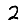
Digit: 2